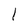
Character: l